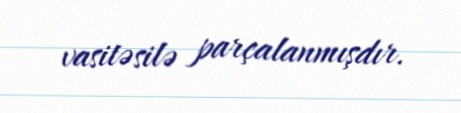
vasitəsilə parçalanmışdır.